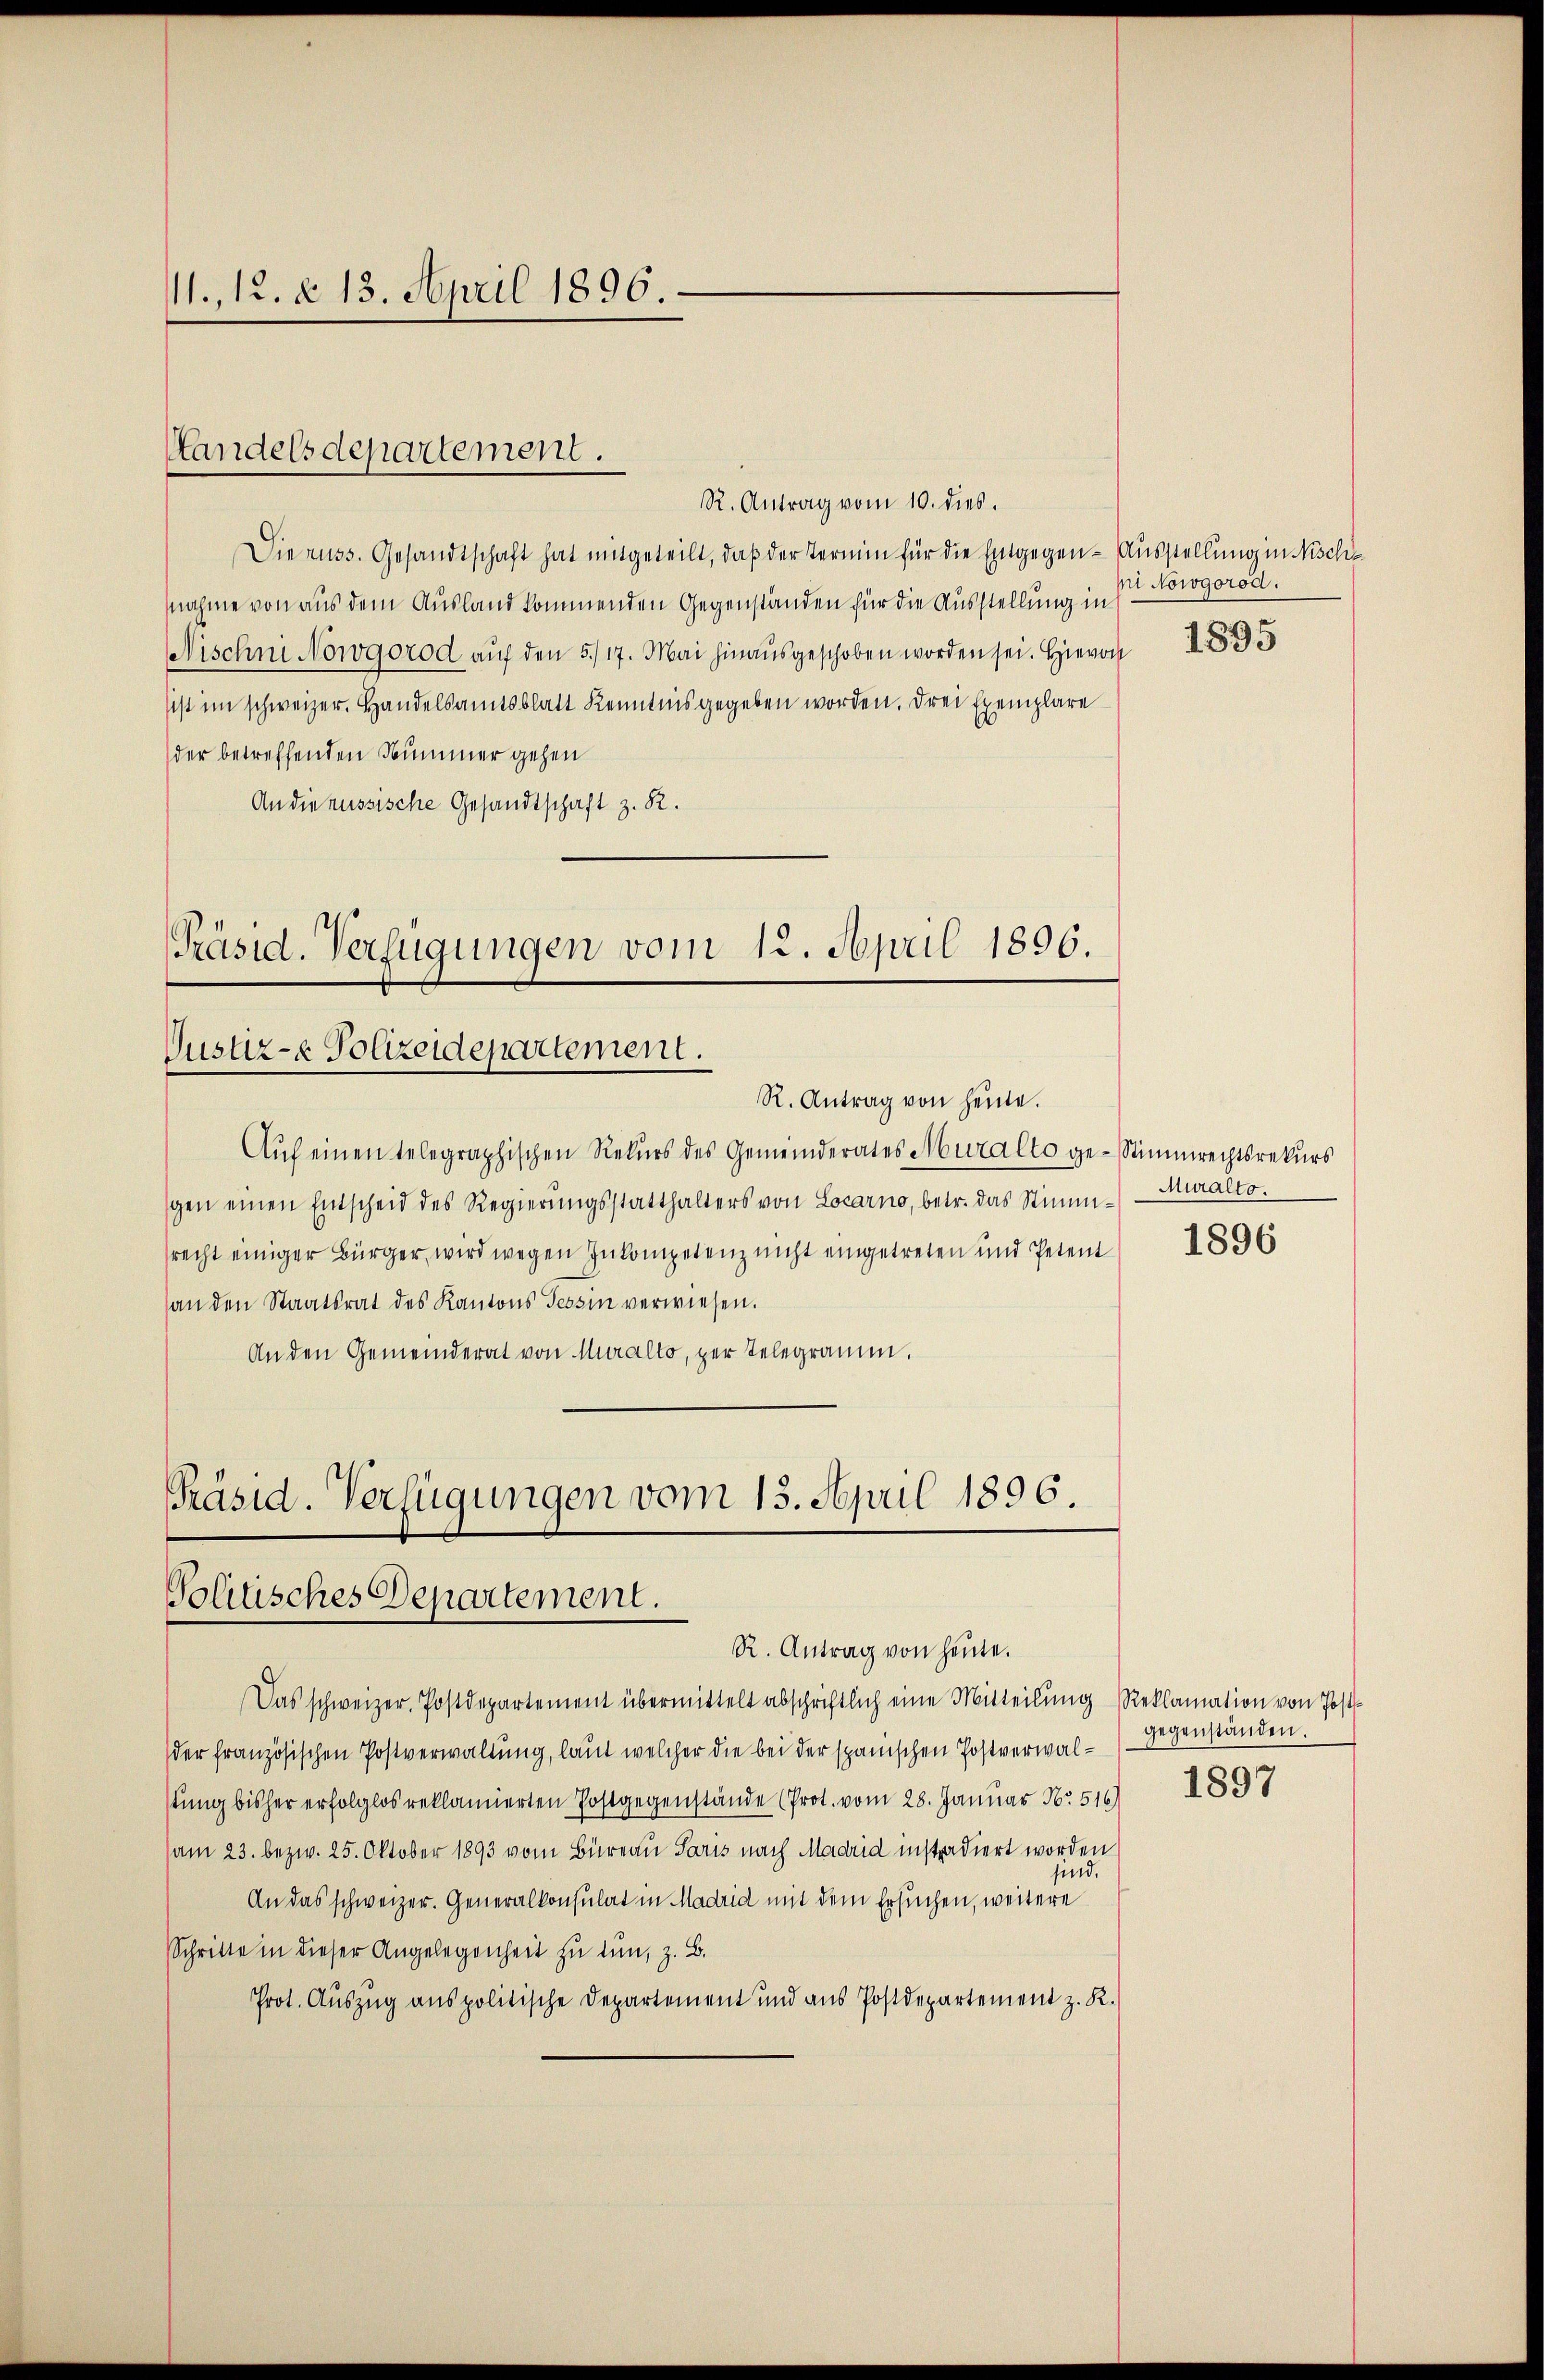
11. 12. d. 13. April 1896.

R. Antrag vom 10. dies.
Die russ. Gesandtschaft hat mitgeteilt, daß der Termin für die Entgegen- Ausstellung in Nische
nahme von aus dem Ausland kommenden Gegenständen für die Ausstellung in
Nischni Nowgorod auf den 5./17. Mai hinausgeschoben worden sei. Hievon
sist im schweizer. Handelsamtsblatt Kenntnis gegeben worden. Drei Exemplare
der betreffenden Nummer gehen
An die russische Gesandtschaft z. R.
Präsid. Verfügungen vom 12. April 1896.

Handelsdepartement.

Justiz- & Polizeidepartement.
R. Antrag von heute.

Auf einen telegraphischen Rekurs des Gemeinderates Muralto ge-Stimmrechtsrekurs
gen einen Entscheid des Regierungsstatthalters von Locarno, betr. das Stimmrecht einiger Bürger, wird wegen Inkompetenz nicht eingetreten und Petent
an den Staatsrat des Kantons Tessin verwiesen.
An den Gemeinderat von Muralto, per Telegramm.
Präsid. Verfügungen vom 13. April 1896.

Tolitisches Departement.
R. Antrag von heute.

Das schweizer. Postdepartement übermittelt abschriftlich eine Mitteilung Reklamation von Post
der französischen Postverwaltung, laut welcher die bei der spanischen Postverwalstung bisher erfolglos reklamierten Postgegenstände (Prot. vom 28. Januar No. 516 1897
(am 23. bezw. 25. Oktober 1893 vom Büreau Paris nach Madrid instadiert worden
sind.
An das schweizer. Generalkonsulat in Madrid mit dem Ersuchen, weitere
Schritte in dieser Angelegenheit zu tun, z. B.
Prot. Auszug aus politische Departement und aus Postdepartement z. R.

mi Nowgorod.

1895

Muralto.
1896

gegenständen.